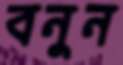
বনুন